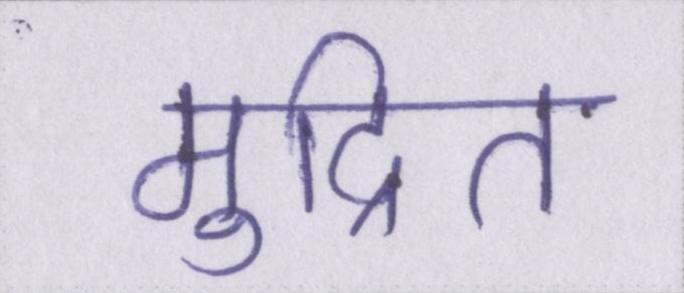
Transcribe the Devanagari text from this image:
मुद्रित